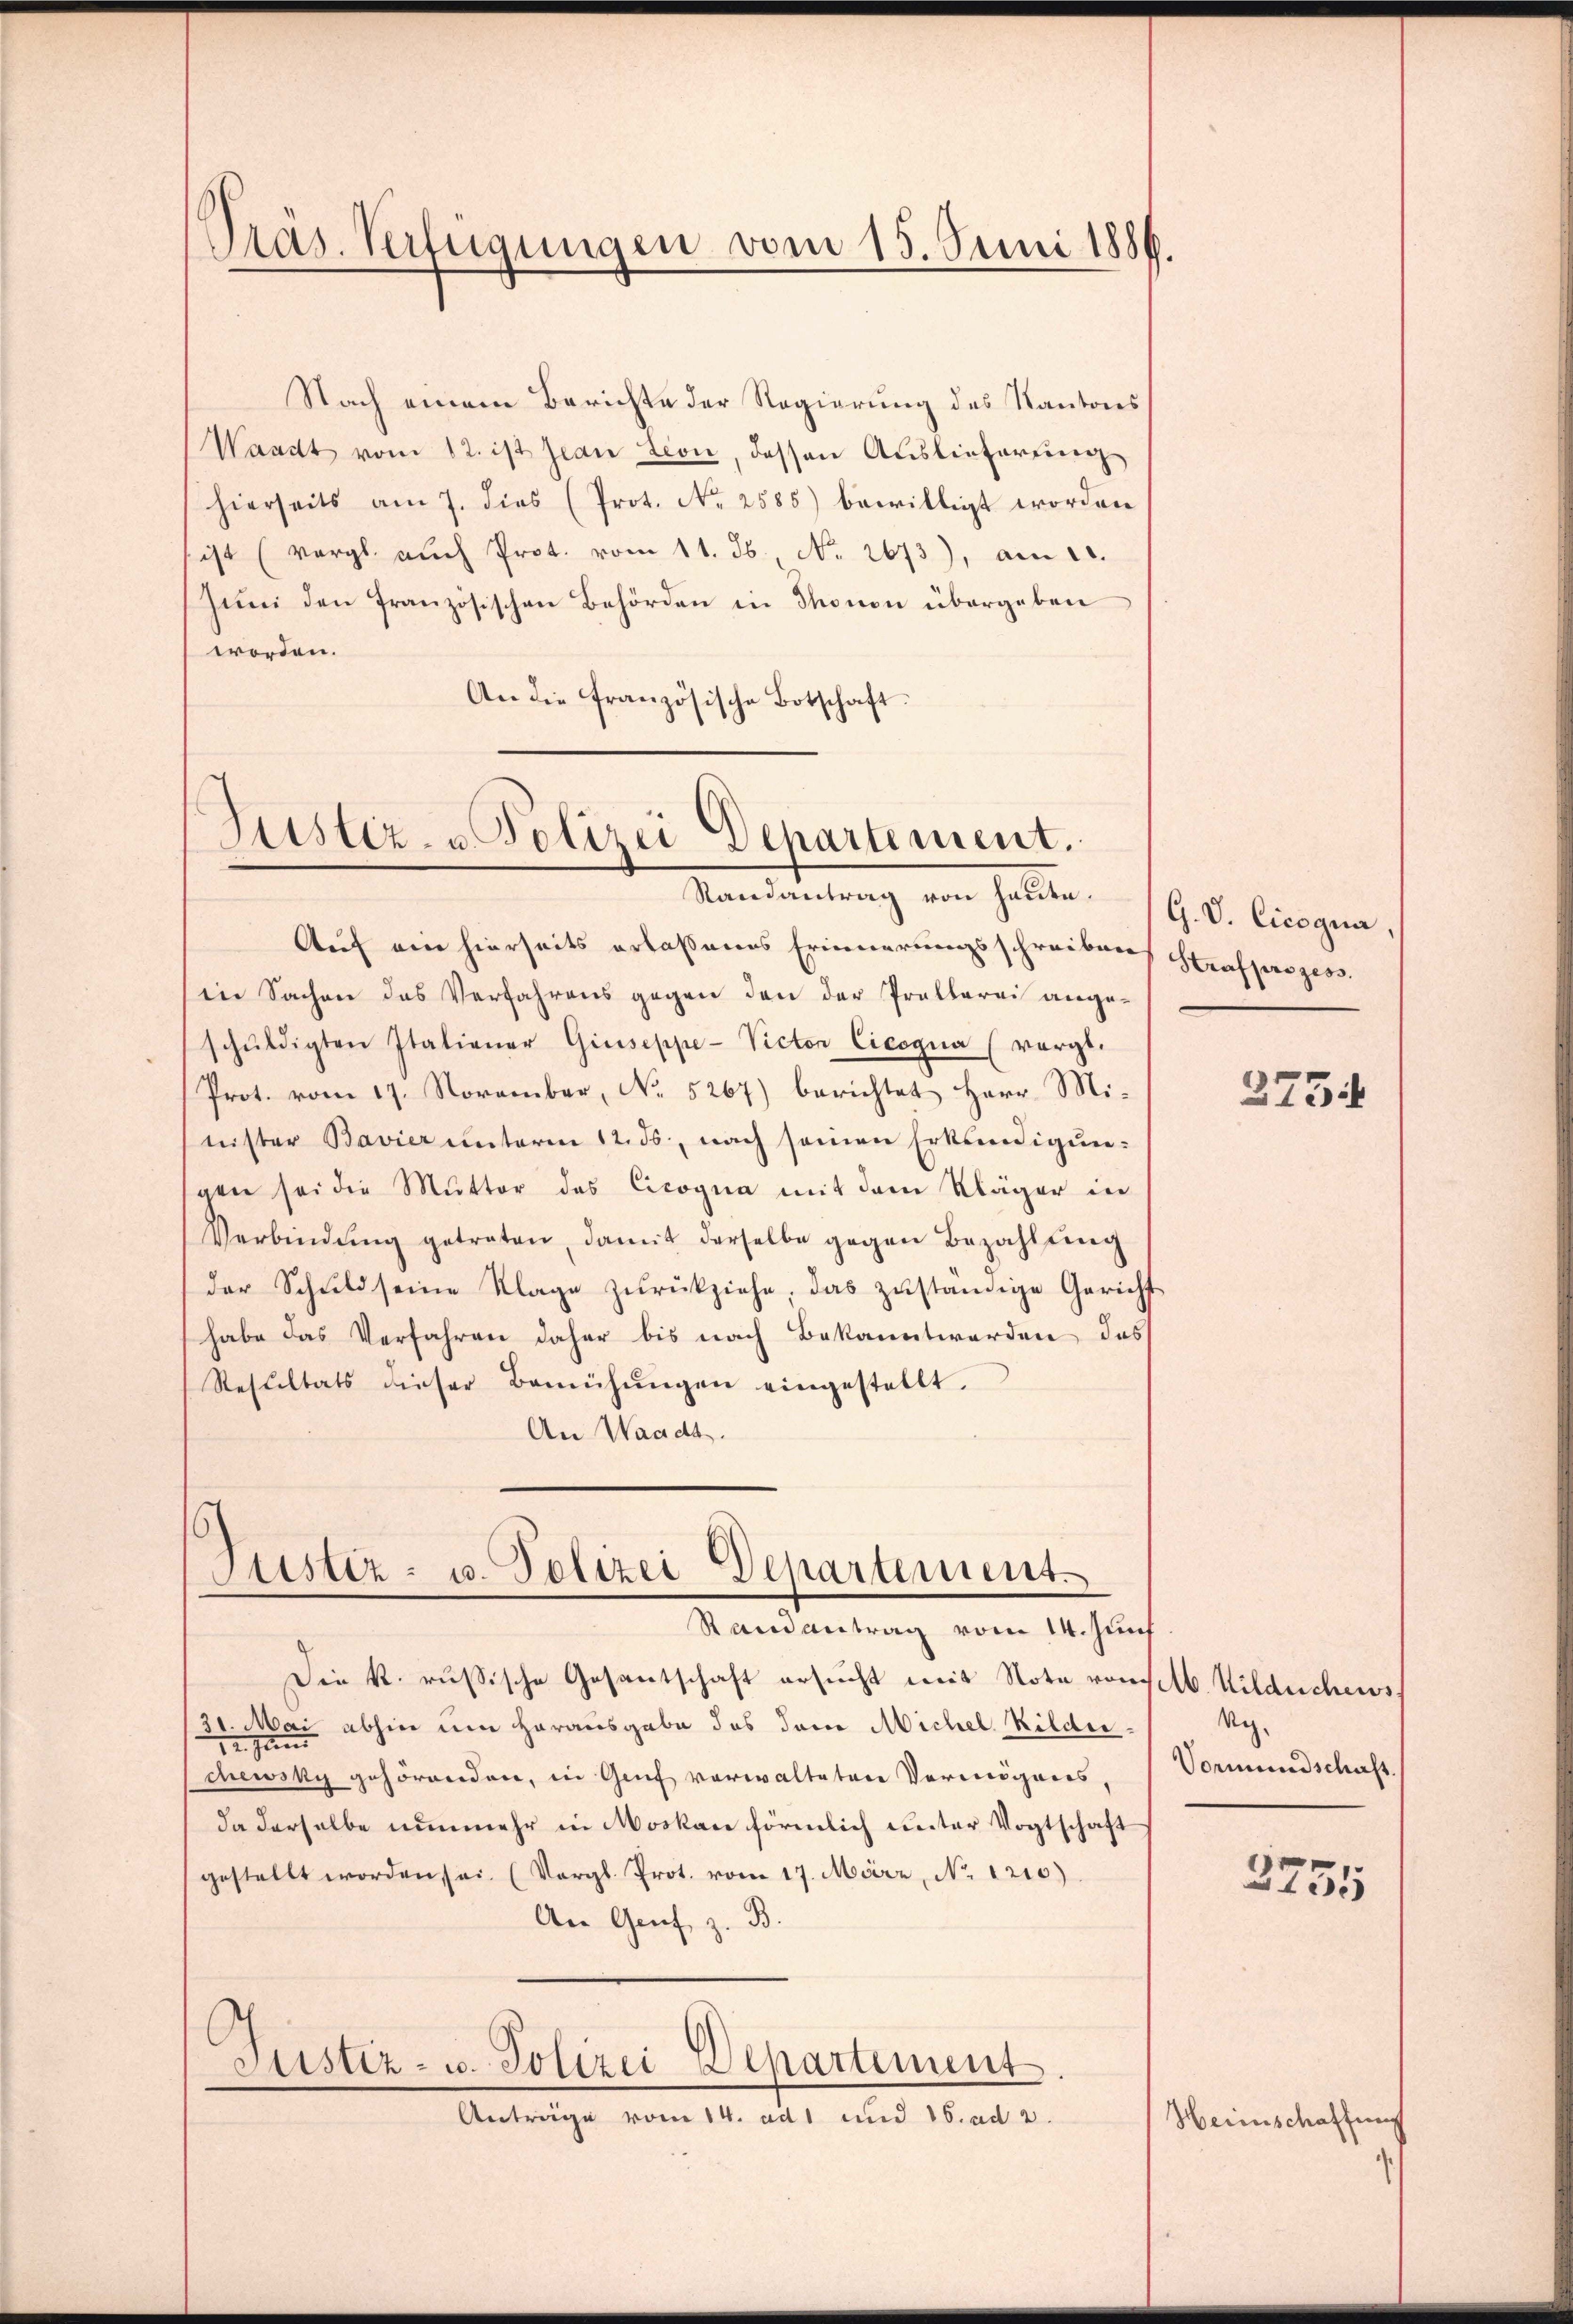
Nach einem Berichte der Regierung des Kantons
Waadt vom 12. ist Jean tion, dassen Auslieferŭng
(hierseits am 7. dies (Prot. No. 2585) bewilligt worden
ist (vergl. auch Prot. vom 11. 36, No. 2673), am 10.
Juni den französischen Behörden in Thonon übergeben
worden.
An die französische Botschaft:

Präs. Verfügungen vom 15. Juni 1886.

Justiz- u Polizei Departement.
Randantrag von heute.

Auf ein hierseits erlaßenes Erinnerungsschreiben Strafprozes
die Sachen das Verfahrens gegen den der Prollarii ange-
schŭldigten Italiener Giuseppe- Victor Cicogna (vorgt.
Prot. vom 17. November, No. 5267) berichtet Herr Mi-
nister Bavier unterm 12. ds., nach seinen Erkundigungen sei die Mutter das Cicogna mit dem Kläger in
Verbindŭng getreten, damit derselbe gegen Bezahlung
der Schuld seine Klage zŭrückziehe, das zŭständige Gericht
habe das Verfahren daher bis nach Bekanntwerden das
Resultats dieser Bemühŭngen eingestellt.
An Waadt.

Justiz- u. Polizei Departement
Randantrag vom 14. Jun

Die k. russische Gesantschaft ersucht mit Note von selb. Wildschews
31. Mai abhin um herausgabe des dem Michel Kilderchewsky gehörenden, in Genf verwalteten Vermögens,
da derselbe nunmehr in Moskau förmlich unter Vogtschaft
gestellt worden sei. (Vergl. Prot. vom 17. März, No 1210)
An Genf z. B.
Justiz- u. Polizei Departement.
Anträge vom 14. ad 1 und 16. ad 2.

G. V. Cicogna

3734

Weg.
Vormundschaft

2731

Heinschaffung